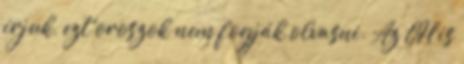
írjuk, ezt oroszok nem fogják olvasni. Az OH is